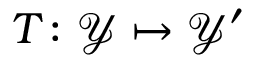
T \colon \mathcal { Y } \mapsto \mathcal { Y } ^ { \prime }